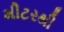
મીટરથી